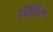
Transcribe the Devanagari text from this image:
मॉर्टिन